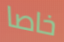
خاصا